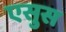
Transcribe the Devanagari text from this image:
एसुस